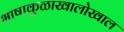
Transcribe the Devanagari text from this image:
भाषाकुळाखालोखाल